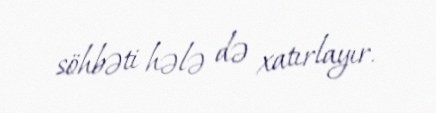
söhbəti hələ də xatırlayır.